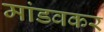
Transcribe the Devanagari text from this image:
मांडवकर